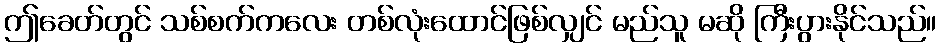
ဤခေတ်တွင် သစ်စက်ကလေး တစ်လုံးထောင်ဖြစ်လျှင် မည်သူ မဆို ကြီးပွားနိုင်သည်။